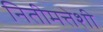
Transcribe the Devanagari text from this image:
नितीमत्तेशी